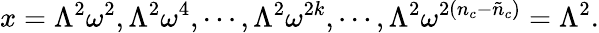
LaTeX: x=\Lambda^{2}\omega^{2},\Lambda^{2}\omega^{4},\cdots,\Lambda^{2}\omega^{2k},\cdots,\Lambda^{2}\omega^{2(n_{c}-\tilde{n}_{c})}=\Lambda^{2}.